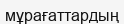
мұрағаттардың